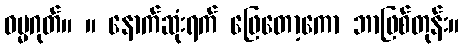
ဓမ္မဂုတ်။ ။ နောက်ဆုံးရက် ဖြေတော့ကော ဘာဖြစ်တုန်း။